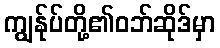
ကျွန်ုပ်တို့၏ဝဘ်ဆိုဒ်မှာ